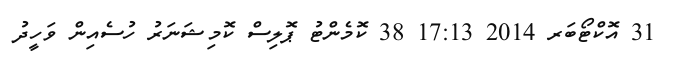
31 އޮކްޓޯބަރ 2014 17:13 38 ކޮމެންޓު ޕޮލިސް ކޮމިޝަނަރު ހުސެއިން ވަހީދު